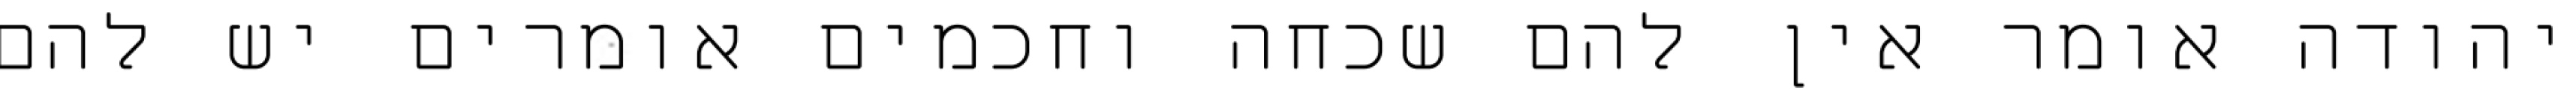
יהודה אומר אין להם שכחה וחכמים אומרים יש להם